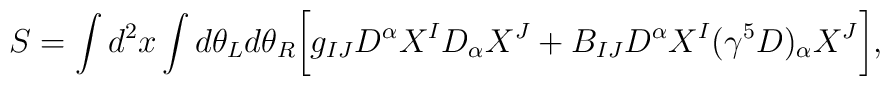
S=\int d^2x \int d\theta_L d\theta_R\biggl[g_{IJ}D^\alpha X^ID_\alpha X^J+B_{IJ}D^\alpha X^I(\gamma^5D)_\alpha X^J\biggr],